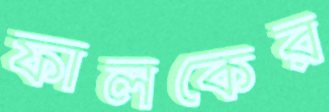
ফালকের